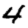
Digit: 4